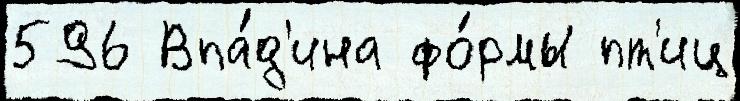
596 Впа́д'ина фо́рмы пт'иц